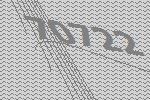
70722